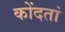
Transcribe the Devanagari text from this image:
कोंदतां